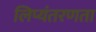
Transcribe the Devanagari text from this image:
लिप्यंतरणता